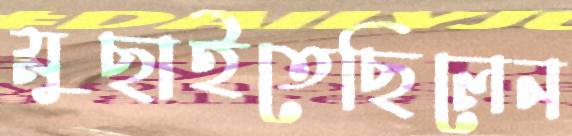
মুছাইতেছিলেন